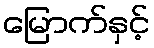
မြောက်နှင့်